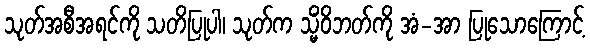
သုတ်အစီအရင်ကို သတိပြုပါ၊ သုတ်က သ္မိံဝိဘတ်ကို အံ-အာ ပြုသောကြောင့်